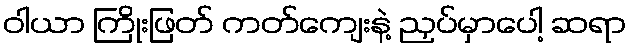
ဝါယာ ကြိုးဖြတ် ကတ်ကျေးနဲ့ ညှပ်မှာပေါ့ ဆရာ